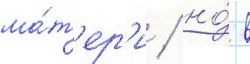
ма́т'ер'и / но́ в